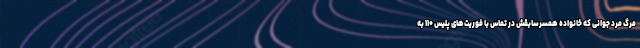
مرگ مرد جوانی که خانواده همسرسابقش در تماس با فوریت‌های پلیس ۱۱۰ به